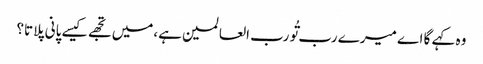
وہ کہے گا اے میرے رب تُو رب العالمین ہے،میں تجھے کیسے پانی پلاتا؟